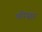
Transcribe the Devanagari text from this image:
घरीसुद्धा